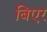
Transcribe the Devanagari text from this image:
बिएर